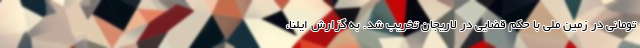
تومانی در زمین ملی با حکم قضایی در لاریجان تخریب شد. به گزارش ایلنا،